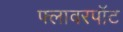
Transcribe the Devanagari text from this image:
फ्लावरपॉट